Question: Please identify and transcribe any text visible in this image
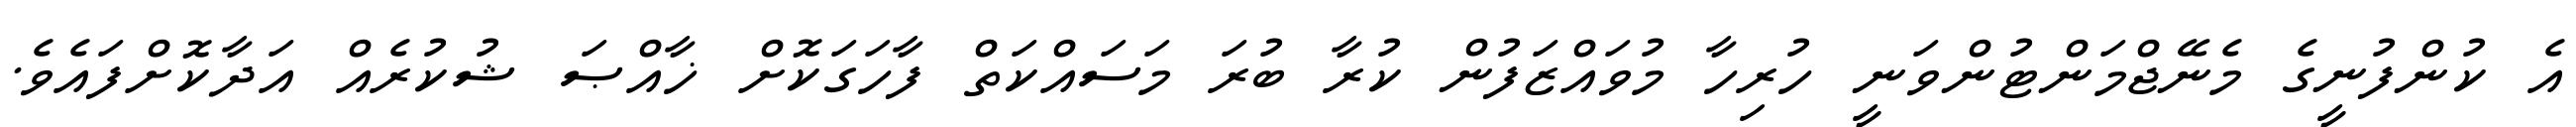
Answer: އެ ކުންފުނީގެ މެނޭޖްމަންޓުންވަނީ ހުރިހާ މުވައްޒަފުން ކުރާ ބުރަ މަސައްކަތް ފާހަގަކޮށް ޚާއްޞަ ޝުކުރެއް އަދާކޮށްފައެވެ.